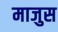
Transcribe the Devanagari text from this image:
माजुस